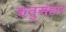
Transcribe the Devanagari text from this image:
रुतुसंहार